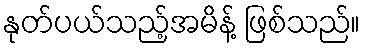
နုတ်ပယ်သည့်အမိန့် ဖြစ်သည်။